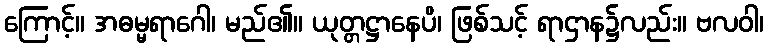
ကြောင့်။ အဓမ္မရာဂေါ၊ မည်၏။ ယုတ္တဋ္ဌာနေပိ၊ ဖြစ်သင့် ရာဌာန၌လည်း။ ဗလဝါ၊